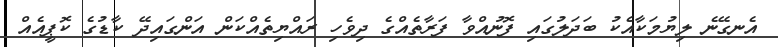
އެނގޭނެ ލިޔުމަކާއެކު ބަދަލުގައި ފޮނުއްވާ ފަރާތެއްގެ ދިވެހި ރައްޔިތެއްކަން އަންގައިދޭ ކާޑުގެ ކޮޕީއެއް